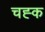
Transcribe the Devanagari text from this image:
चह्क